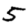
Digit: 5